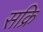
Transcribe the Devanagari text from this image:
सक्रि